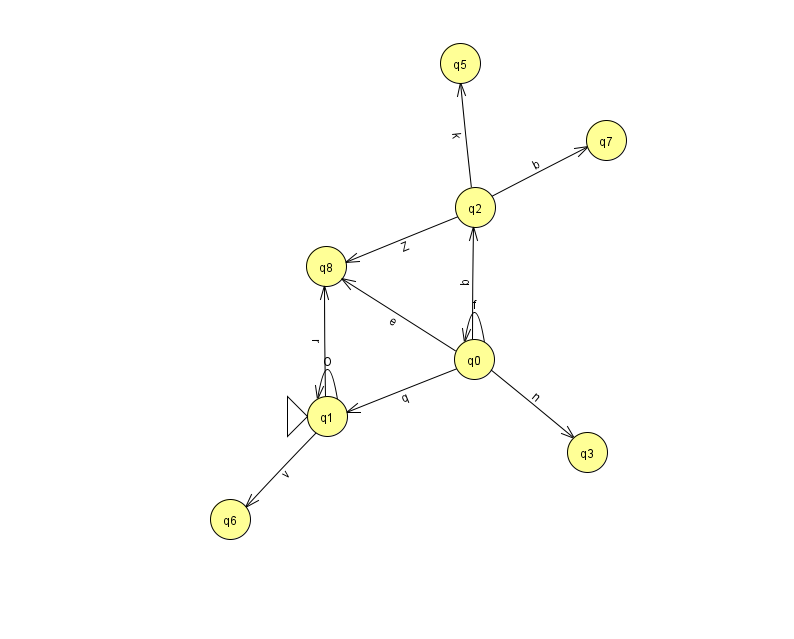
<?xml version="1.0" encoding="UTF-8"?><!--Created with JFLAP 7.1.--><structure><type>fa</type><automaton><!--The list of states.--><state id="0" name="q0"><x>474.0</x><y>346.0</y></state><state id="1" name="q1"><x>327.0</x><y>403.0</y><initial/></state><state id="2" name="q2"><x>475.0</x><y>194.0</y></state><state id="3" name="q3"><x>587.0</x><y>439.0</y></state><state id="5" name="q5"><x>460.0</x><y>50.0</y></state><state id="6" name="q6"><x>230.0</x><y>506.0</y></state><state id="7" name="q7"><x>606.0</x><y>127.0</y></state><state id="8" name="q8"><x>326.0</x><y>253.0</y></state><!--The list of transitions.--><transition><from>0</from><to>1</to><read>q</read></transition><transition><from>0</from><to>2</to><read>b</read></transition><transition><from>1</from><to>8</to><read>r</read></transition><transition><from>2</from><to>5</to><read>k</read></transition><transition><from>0</from><to>8</to><read>e</read></transition><transition><from>0</from><to>0</to><read>f</read></transition><transition><from>2</from><to>7</to><read>b</read></transition><transition><from>1</from><to>6</to><read>v</read></transition><transition><from>2</from><to>8</to><read>Z</read></transition><transition><from>0</from><to>3</to><read>n</read></transition><transition><from>1</from><to>1</to><read>O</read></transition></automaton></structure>